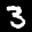
Label: 3